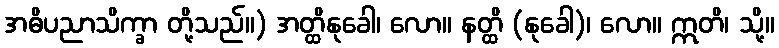
အဓိပညာသိက္ခာ တို့သည်။) အတ္ထိနုခေါ၊ လော။ နတ္ထိ (နုခေါ)၊ လော။ ဣတိ၊ သို့။